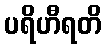
ပရိဟီရတိ